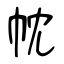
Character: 帎